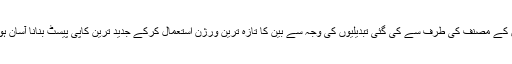
بین کے مصنف کی طرف سے کی گئی تبدیلیوں کی وجہ سے بین کا تازہ ترین ورژن استعمال کرکے جدید ترین کاپی پیسٹ بنانا آسان ہوگا۔